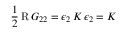
\frac { 1 } { 2 } \operatorname { R } G _ { 2 2 } = \epsilon _ { 2 } \, K \, \epsilon _ { 2 } = K